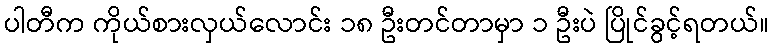
ပါတီက ကိုယ်စားလှယ်လောင်း ၁၈ ဦးတင်တာမှာ ၁ ဦးပဲ ပြိုင်ခွင့်ရတယ်။